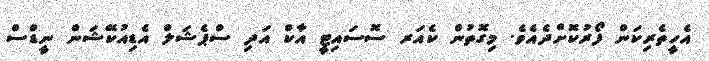
އެހީތެރިކަން ފޯރުކޮށްދެއެވެ. މިގޮތުން ކެއަރ ސޮސައިޓީ އާކް އަދި ސްޕެޝަލް އެޑިއުކޭޝަން ނީޑްސް